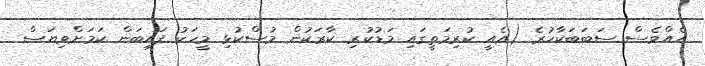
އެއްވެސް ސަބަބަކާހުރެ (އެއީ ކުރިމަތީގައި މަޑުކުރި ކާރަކުން މުސްކުޅި މީހަކު ފައިބަން ކަމަށްވިޔަސް